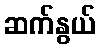
ဆက်နွယ်